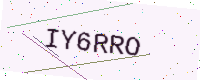
Text: IY6RRO